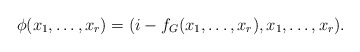
\begin{align*}\phi(x_1,\ldots,x_r) = (i - f_G(x_1,\ldots,x_r), x_1,\ldots,x_r).\end{align*}